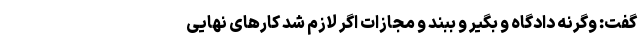
گفت: وگرنه دادگاه و بگیر و ببند و مجازات اگر لازم شد کارهای نهایی